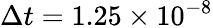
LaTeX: \Delta t=1.25\times 10^{-8}